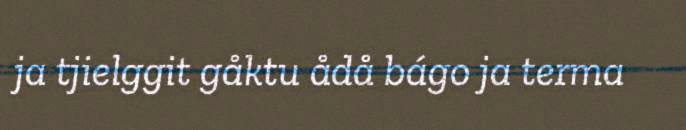
ja tjielggit gåktu ådå bágo ja terma